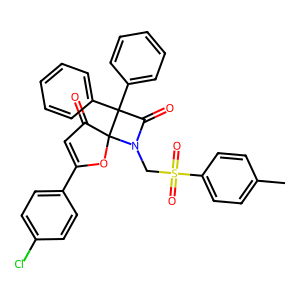
SMILES: Cc1ccc(S(=O)(=O)CN2C(=O)C(c3ccccc3)(c3ccccc3)C23OC(c2ccc(Cl)cc2)=CC3=O)cc1
Inhibits HIV replication: No